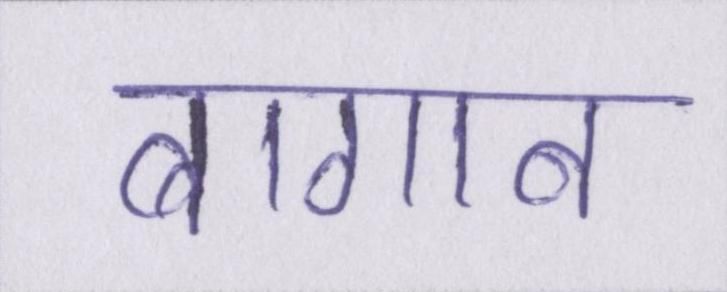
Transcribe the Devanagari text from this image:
बागान